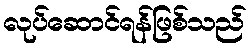
လုပ်ဆောင်ရန်ဖြစ်သည်